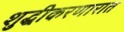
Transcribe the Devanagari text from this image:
शुद्धीकरणारात